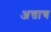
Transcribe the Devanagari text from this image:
अत्ताच